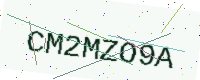
Text: CM2MZO9A